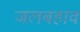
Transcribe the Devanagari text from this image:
जलबहाव